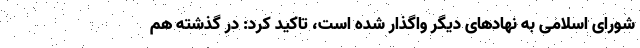
شورای اسلامی به نهادهای دیگر واگذار شده است، تاکید کرد: در گذشته هم